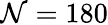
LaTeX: \mathcal{N}=180